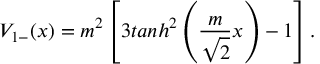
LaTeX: V _ { 1 - } ( x ) = m ^ { 2 } \left[ 3 t a n h ^ { 2 } \left( \frac { m } { \sqrt { 2 } } x \right) - 1 \right] .